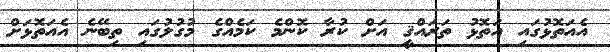
އެއަތޮޅުގައި އަތޮޅު ތަރައްްޤީ އަށް ކުރާ ކޮންމެ ކަމެއްގެ މުގުލުގައި ތިބޭނެ އެއަތޮޅަށް